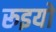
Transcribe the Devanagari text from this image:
रूइयो